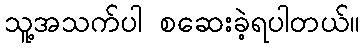
သူ့အသက်ပါ စဆေးခဲ့ရပါတယ်။